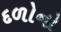
દળોનો